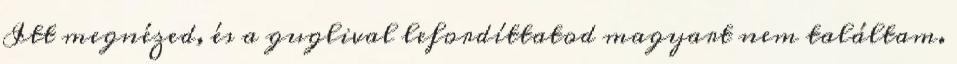
Itt megnézed, és a guglival lefordíttatod magyart nem találtam.